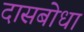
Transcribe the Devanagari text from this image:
दासबोधा